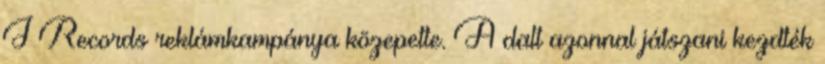
J Records reklámkampánya közepette. A dalt azonnal játszani kezdték